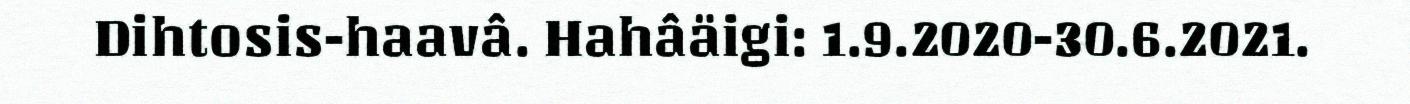
Dihtosis-haavâ. Hahâäigi: 1.9.2020-30.6.2021.